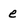
Character: e